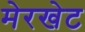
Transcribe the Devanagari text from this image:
मेरखेट